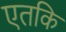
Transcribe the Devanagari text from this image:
एतकि